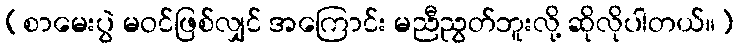
[စာမေးပွဲ မဝင်ဖြစ်လျှင် အကြောင်း မညီညွတ်ဘူးလို့ ဆိုလိုပါတယ်။]